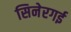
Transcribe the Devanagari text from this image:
सिनेरगई